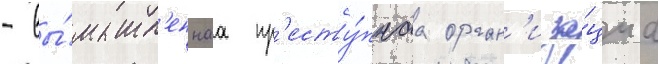
- вы́мышл'еннаа пр'есту́пнаа орган'иза́циа